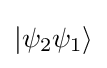
\left|\psi _{2}\psi _{1}\right\rangle